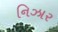
નિઝાર